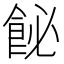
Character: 飶